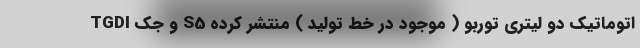
TGDI و جک S5 اتوماتیک دو لیتری توربو ( موجود در خط تولید ) منتشر کرده